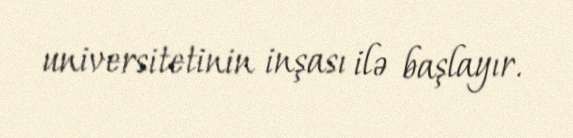
universitetinin inşası ilə başlayır.